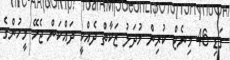
ގަޑި 46 މިނެޓް ކުރިން މުދަލު ޒަކާތް ދެއްކީ ދައްކަން ޖެހޭ މީހުންގެ